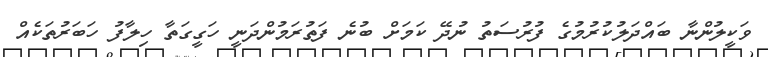
ވަކީލުންނާ ބައްދަލުކުރުމުގެ ފުރުސަތު ނުދޭ ކަމަށް ބުނެ ފަތުރަމުންދަނީ ހަގީގަތާ ހިލާފު ހަބަރުތަކެއް